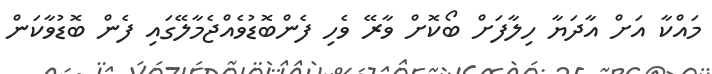
މައްކާ އަށް އާދަޔާ ހިލާފަށް ބޯކޮށް ވާރޭ ވެހި ފެންބޮޑުވެއްޖެމާލޭގައި ފެން ބޮޑުވާކަން